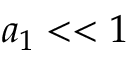
a _ { 1 } < < 1